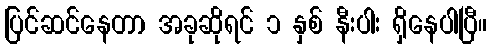
ပြင်ဆင်နေတာ အခုဆိုရင် ၁ နှစ် နီးပါး ရှိနေပါပြီ။